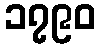
၁၇၉၀